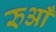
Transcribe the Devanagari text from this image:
रुआँ